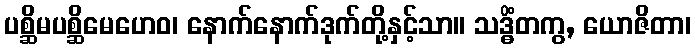
ပစ္ဆိမပစ္ဆိမေဟေဝ၊ နောက်နောက်ဒုက်တို့နှင့်သာ။ သဒ္ဓိံတကွ, ယောဇိတာ၊